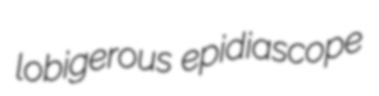
lobigerous epidiascope